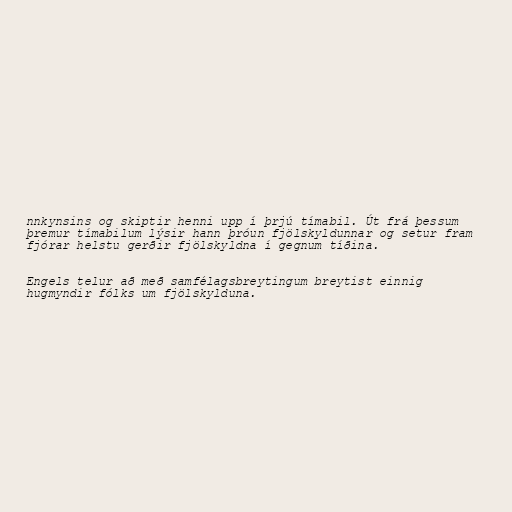
nnkynsins og skiptir henni upp í þrjú tímabil. Út frá þessum
þremur tímabilum lýsir hann þróun fjölskyldunnar og setur fram
fjórar helstu gerðir fjölskyldna í gegnum tíðina.

Engels telur að með samfélagsbreytingum breytist einnig
hugmyndir fólks um fjölskylduna.